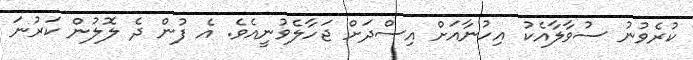
ކުރެވުނު ސުވާލާއެކު އިހުނާއަށް އިސްދަށް ޖަހާލެވުނީއެވެ. އެ ފުން ދެ ލޮލުން ކަރުނަ